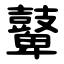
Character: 鼙